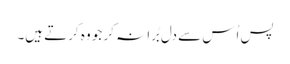
پس اُس سے دل بُرا نہ کر جو وہ کرتے ہیں۔